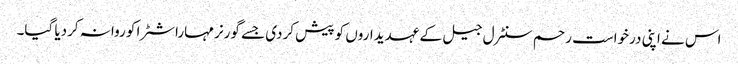
اس نے اپنی درخواست رحم سنٹرل جیل کے عہدیداروں کو پیش کردی جسے گورنر مہاراشٹرا کو روانہ کردیا گیا۔